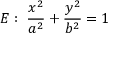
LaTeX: \; E : \; { \frac { x ^ { 2 } } { a ^ { 2 } } } + { \frac { y ^ { 2 } } { b ^ { 2 } } } = 1